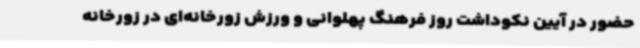
حضور در آیین نکوداشت روز فرهنگ پهلوانی و ورزش زورخانه‌ای در زورخانه